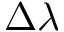
\Delta \lambda